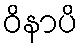
ဝိနာပိ